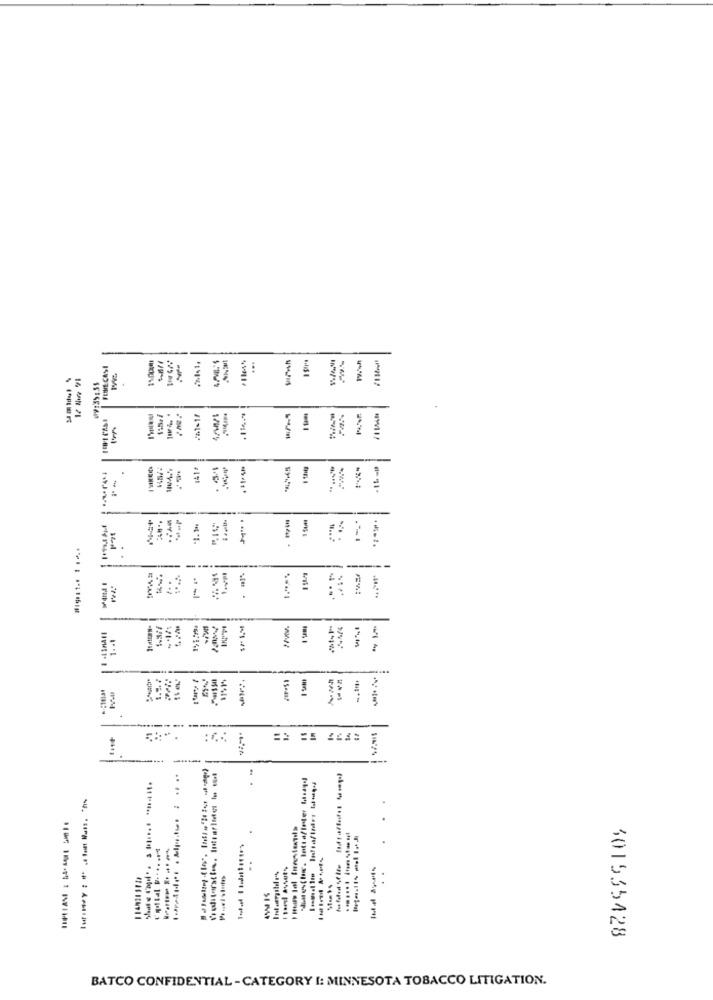
FEINE CASI
...
-
/1-11
16 290 21
141ª
.
1. . 1
₹
--
15-412
---
-
----
301535428
BATCO CONFIDENTIAL - CATEGORY I: MINNESOTA TOBACCO LITIGATION.